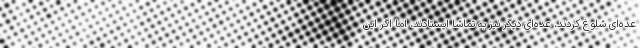
عده‌ای شلوغ کردند، عده‌ای دیگر نیز به تماشا ایستادند، اما اگر این